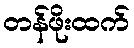
တန်ဖိုးထက်